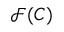
\mathcal { F } ( C )